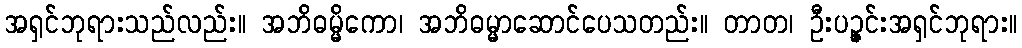
အရှင်ဘုရားသည်လည်း။ အဘိဓမ္မိကော၊ အဘိဓမ္မာဆောင်ပေသတည်း။ တာတ၊ ဦးပဉ္ဇင်းအရှင်ဘုရား။